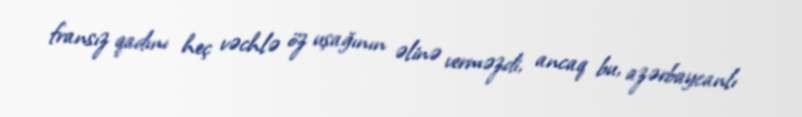
fransız qadını heç vəchlə öz uşağının əlinə verməzdi, ancaq bu, azərbaycanlı